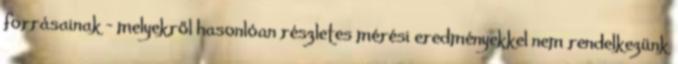
forrásainak - melyekről hasonlóan részletes mérési eredményekkel nem rendelkezünk